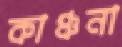
কাঞ্চনা